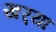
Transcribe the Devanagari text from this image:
खर्‍या